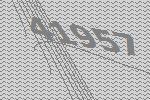
41957